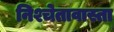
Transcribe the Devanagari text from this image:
निश्चेतावास्ता